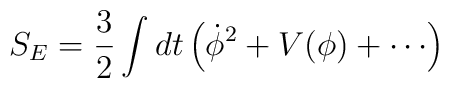
S_E = \frac{3}{2} \int dt \left({\dot \phi}^2 + V(\phi) + \cdots \right)